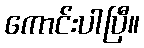
ကောင်းပါပြီ။